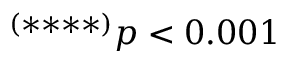
^ { ( * * * * ) } p < 0 . 0 0 1